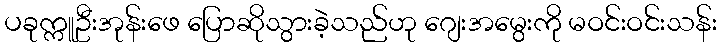
ပခုက္ကူဦးအုန်းဖေ ပြောဆိုသွားခဲ့သည်ဟု ဂျေးအမွေးကို မဝင်းဝင်းသန်း